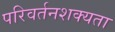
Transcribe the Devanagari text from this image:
परिवर्तनशक्यता